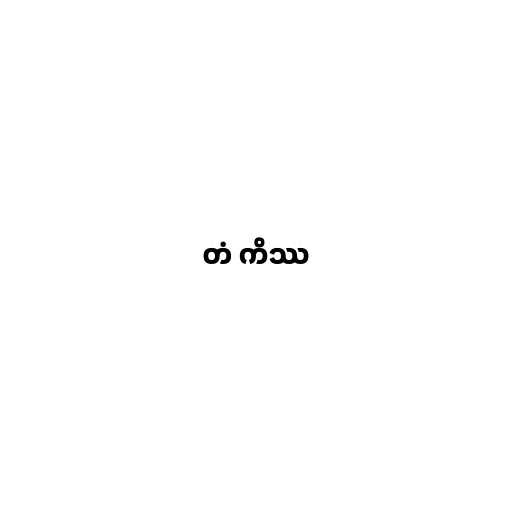
တံ ကိဿ